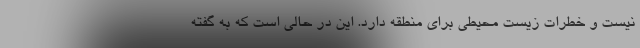
نیست و خطرات زیست محیطی برای منطقه دارد. این در حالی است که به گفته